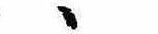
ゝ